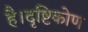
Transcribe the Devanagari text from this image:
है।दृष्टिकोण